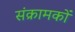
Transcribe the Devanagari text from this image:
संक्रामकों